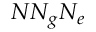
N N _ { g } N _ { e }